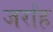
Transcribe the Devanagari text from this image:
जर्रांह